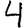
Digit: 4